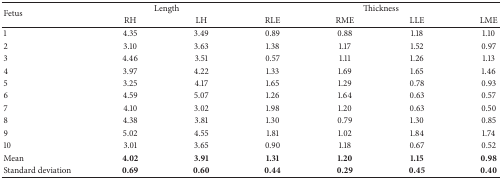
| <ROWSPAN=2> Fetus | <COLSPAN=2> Length | <COLSPAN=4> Thickness |
 | RH | LH | RLE | RME | LLE | LME |
 | --- | --- | --- | --- | --- | --- | --- |
 | 1 | 4.35 | 3.49 | 0.89 | 0.88 | 1.18 | 1.10 |
 | 2 | 3.10 | 3.63 | 1.38 | 1.17 | 1.52 | 0.97 |
 | 3 | 4.46 | 3.51 | 0.57 | 1.11 | 1.26 | 1.13 |
 | 4 | 3.97 | 4.22 | 1.33 | 1.69 | 1.65 | 1.46 |
 | 5 | 3.25 | 4.17 | 1.65 | 1.29 | 0.78 | 0.93 |
 | 6 | 4.59 | 5.07 | 1.26 | 1.64 | 0.63 | 0.57 |
 | 7 | 4.10 | 3.02 | 1.98 | 1.20 | 0.63 | 0.50 |
 | 8 | 4.38 | 3.81 | 1.30 | 0.79 | 1.30 | 0.85 |
 | 9 | 5.02 | 4.55 | 1.81 | 1.02 | 1.84 | 1.74 |
 | 10 | 3.01 | 3.65 | 0.90 | 1.18 | 0.67 | 0.52 |
 | Mean | 4.02 | 3.91 | 1.31 | 1.20 | 1.15 | 0.98 |
 | Standard deviation | 0.69 | 0.60 | 0.44 | 0.29 | 0.45 | 0.40 |